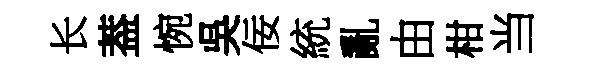
长葢惋吳佞統亂由柑当